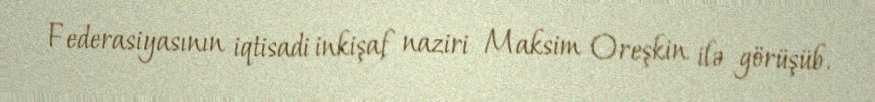
Federasiyasının iqtisadi inkişaf naziri Maksim Oreşkin ilə görüşüb.